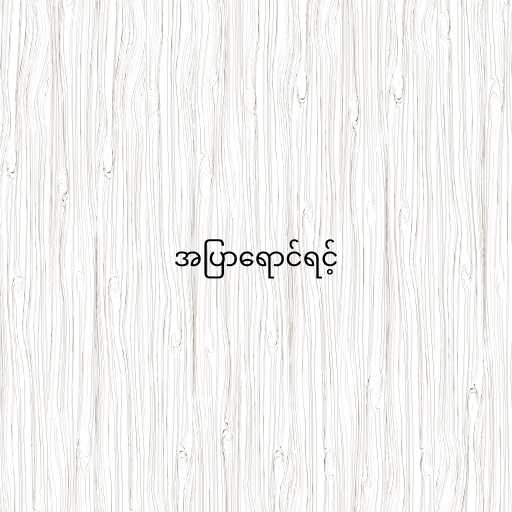
အပြာရောင်ရင့်